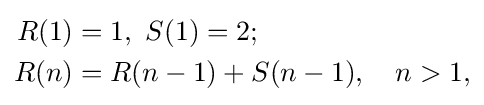
{\begin{aligned}R(1)&=1,\ S(1)=2;\\R(n)&=R(n-1)+S(n-1),\quad n>1,\end{aligned}}